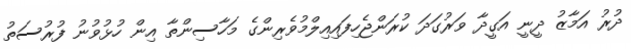
ދުރު އަމާޒު ދީނީ އަގީދާ ވަރުގަދަ ކުރަންޖެހިފައިއިލްމުވެރިންގެ މަހާސިންތާ އިން ހުޅުވުނު ފުރުސަތު